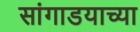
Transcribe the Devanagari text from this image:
सांगाडयाच्या